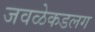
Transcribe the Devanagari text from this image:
जवळेकडलग